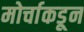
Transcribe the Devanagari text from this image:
मोर्चाकडून